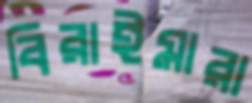
বিরাইমারা